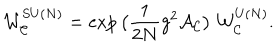
LaTeX: { \cal W } _ { { \cal C } } ^ { S U ( N ) } = \exp \big ( \frac { 1 } { 2 N } g ^ { 2 } { \cal A } _ { { \cal C } } \big ) ~ { \cal W } _ { { \cal C } } ^ { U ( N ) } .